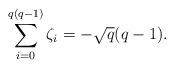
LaTeX: \begin{align*}\sum_{i=0}^{q(q-1)} \zeta_i= -\sqrt{q}(q-1).\end{align*}